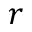
r